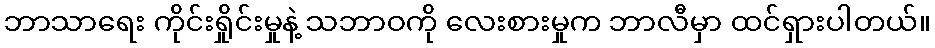
ဘာသာရေး ကိုင်းရှိုင်းမှုနဲ့ သဘာဝကို လေးစားမှုက ဘာလီမှာ ထင်ရှားပါတယ်။